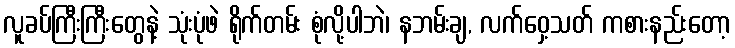
လူခပ်ကြီးကြီးတွေနဲ့ သုံးပုံဖဲ ရိုက်တမ်း စုံလို့ပါဘဲ၊ နဘမ်းချ, လက်ဝှေ့သတ် ကစားနည်းတော့